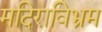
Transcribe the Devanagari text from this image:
मदिराविभ्रम